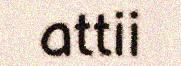
attii